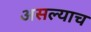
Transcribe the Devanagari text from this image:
असल्याच